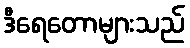
ဒီရေတောများသည်